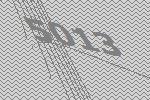
5013